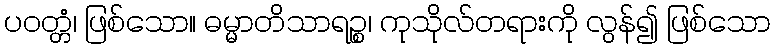
ပဝတ္တံ၊ ဖြစ်သော။ ဓမ္မာတိသာရဉ္စ၊ ကုသိုလ်တရားကို လွန်၍ ဖြစ်သော